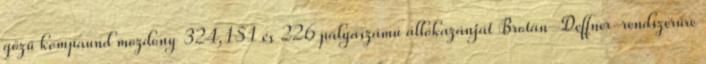
gőzű kompaund mozdony 324,151 és 226 pályaszámú állókazánját Brotan–Deffner-rendszerűre